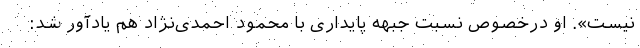
نیست». او درخصوص نسبت جبهه پایداری با محمود احمدی‌نژاد هم یادآور شد: